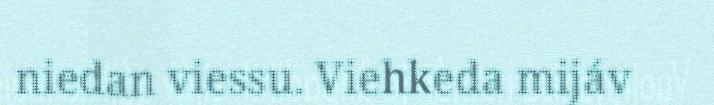
niedan viessu. Viehkeda mijáv